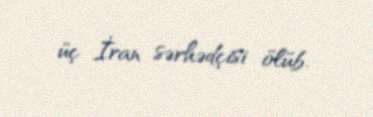
üç İran sərhədçisi ölüb.